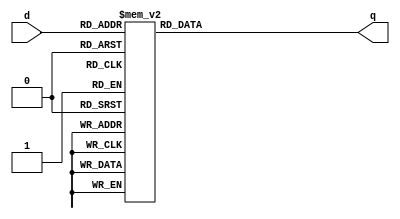
module _3_to_8_decoder(d, q);
	input [2:0] d;
	output [7:0] q;
	reg [7:0] q;
	
	always @ (d) begin
	
		// cases for d
		case(d)
		
			3'b000: q = 8'h01;		// 00000001
			3'b001: q = 8'h02;		// 00000010
			3'b010: q = 8'h04;		// 00000100
			3'b011: q = 8'h08;		// 00001000
			3'b100: q = 8'h10;		// 00010000
			3'b101: q = 8'h20;		// 00100000
			3'b110: q = 8'h40;		// 01000000
			3'b111: q = 8'h80;		// 10000000
			default: q = 8'hx;		// set don't care
			
		endcase
		
	end
	
endmodule